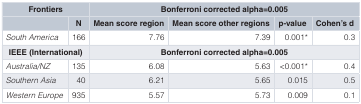
<table><thead><tr><td colspan="2"><b>Frontiers</b></td><td colspan="4"><b>Bonferroni corrected alpha=0.005</b></td></tr><tr><td></td><td><b>N</b></td><td><b>Mean score region</b></td><td><b>Mean score other regions</b></td><td><b>p-value</b></td><td><b>Cohen&#x27;s d</b></td></tr></thead><tbody><tr><td><i>South America</i></td><td>166</td><td>7.76</td><td>7.39</td><td>0.001*</td><td>0.3</td></tr><tr><td colspan="2"><b>IEEE (International)</b></td><td colspan="4"><b>Bonferroni corrected alpha=0.005</b></td></tr><tr><td><i>Australia/NZ</i></td><td>135</td><td>6.08</td><td>5.63</td><td>&lt;0.001*</td><td>0.4</td></tr><tr><td><i>Southern Asia</i></td><td>40</td><td>6.21</td><td>5.65</td><td>0.015</td><td>0.5</td></tr><tr><td><i>Western Europe</i></td><td>935</td><td>5.57</td><td>5.73</td><td>0.009</td><td>0.1</td></tr></tbody></table>